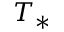
T _ { * }